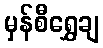
မှန်စီရွှေချ